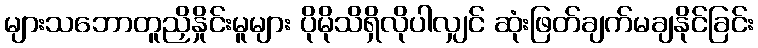
များသဘောတူညှိနှိုင်းမူများ ပိုမိုသိရှိလိုပါလျှင် ဆုံးဖြတ်ချက်မချနိုင်ခြင်း